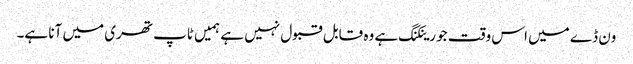
ون ڈے میں اس وقت جو رینکنگ ہے وہ قابل قبول نہیں ہے ہمیں ٹاپ تھری میں آنا ہے۔